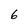
Character: 6